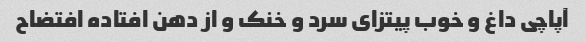
آپاچی داغ و خوب پیتزای سرد و خنک و از دهن افتاده افتضاح